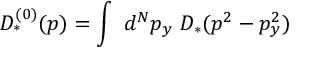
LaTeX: D _ { * } ^ { ( 0 ) } ( p ) = \int ~ d ^ { N } p _ { y } ~ D _ { * } ( p ^ { 2 } - p _ { y } ^ { 2 } )